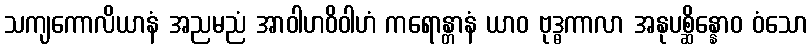
သကျကောလိယာနံ အညမညံ အာဝါဟဝိဝါဟံ ကရောန္တာနံ ယာဝ ဗုဒ္ဓကာလာ အနုပစ္ဆိန္နောဝ ဝံသော